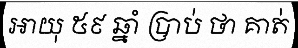
អាយុ ៥៩ ឆ្នាំ ប្រាប់ ថា គាត់